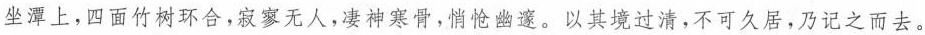
坐潭上，四面竹树环合，寂寥无人，凄神寒骨，悄怆幽邃。以其境过清，不可久居，乃记之而去。